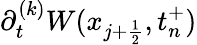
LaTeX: \partial_{t}^{(k)}W(x_{j+\frac{1}{2}},t_{n}^{+})